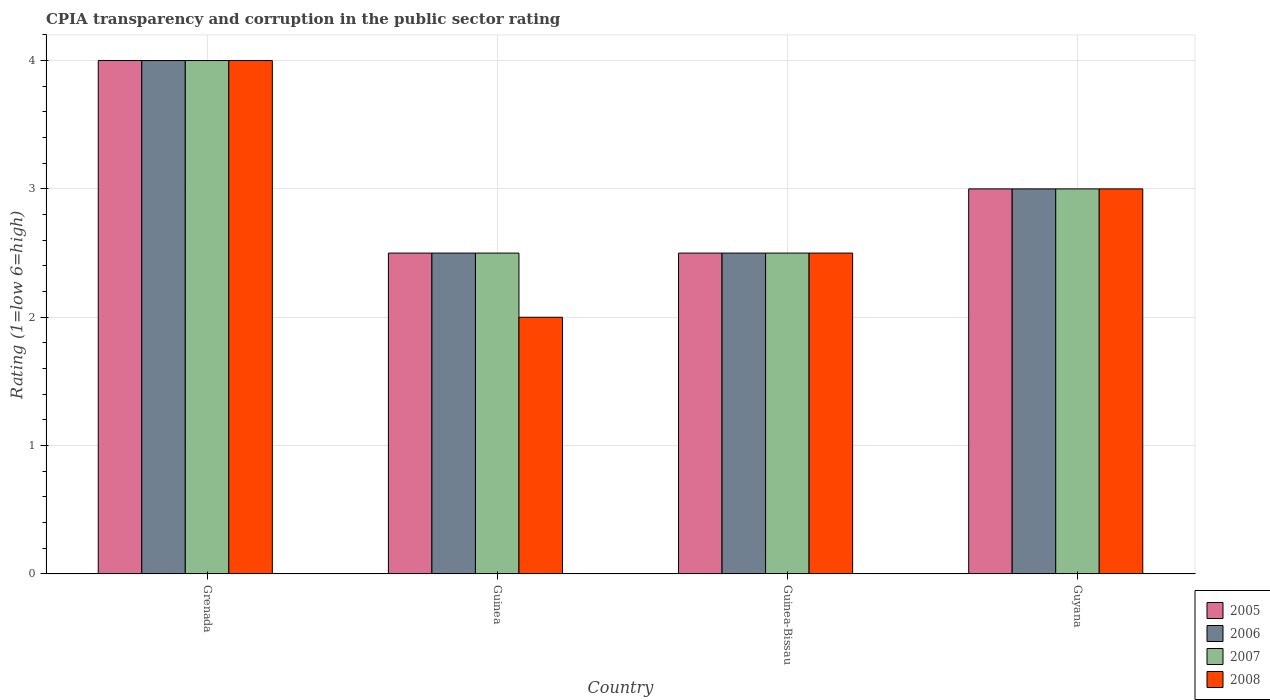
| Country | 2005 | 2006 | 2007 | 2008 |
 | --- | --- | --- | --- | --- |
 | Grenada | 4 | 4 | 4 | 4 |
 | Guinea | 2.5 | 2.5 | 2.5 | 2 |
 | Guinea-Bissau | 2.5 | 2.5 | 2.5 | 2.5 |
 | Guyana | 3 | 3 | 3 | 3 |